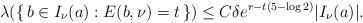
LaTeX: \begin{align*} \lambda(\{\, b \in I_\nu (a) : E(b,\nu) = t \,\}) \leq C \delta e^{r - t(5- \log 2)} |I_\nu (a)|. \end{align*}